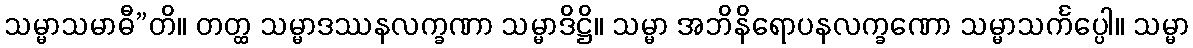
သမ္မာသမာဓီ”တိ။ တတ္ထ သမ္မာဒဿနလက္ခဏာ သမ္မာဒိဋ္ဌိ။ သမ္မာ အဘိနိရောပနလက္ခဏော သမ္မာသင်္ကပ္ပေါ။ သမ္မာ